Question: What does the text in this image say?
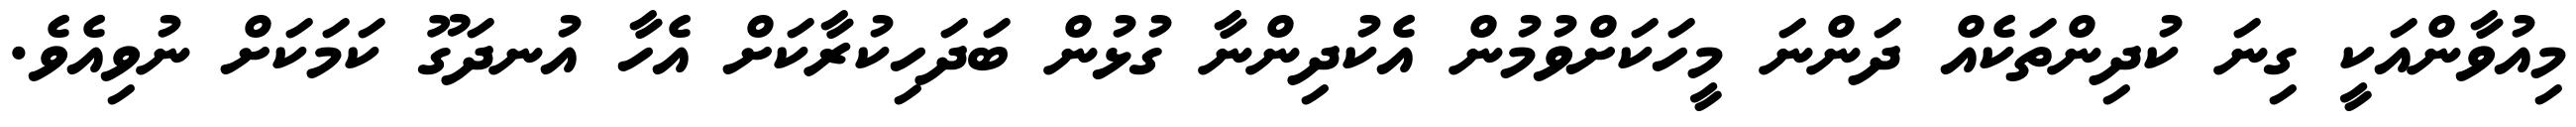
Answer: މިއުވާންއަކީ ގިނަ ކުދިންތަކެއް ދަންނަ މީހަކަށްވުމުން އެކުދިންނާ ގުޅުން ބަދަހިކުރާކަށް އެހާ އުނދަގޫ ކަމަކަށް ނުވިއެވެ.